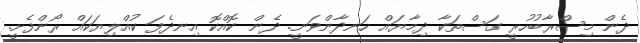
ދެން މިސްރާބުހުރީ ގަސްތަކާ ދިމާޔައް ހަނދާންވަނީ. ދެން ކޮއްކޮ އިނދެފަ ކުއްލިޔަކައް ރޯންފެށީ.